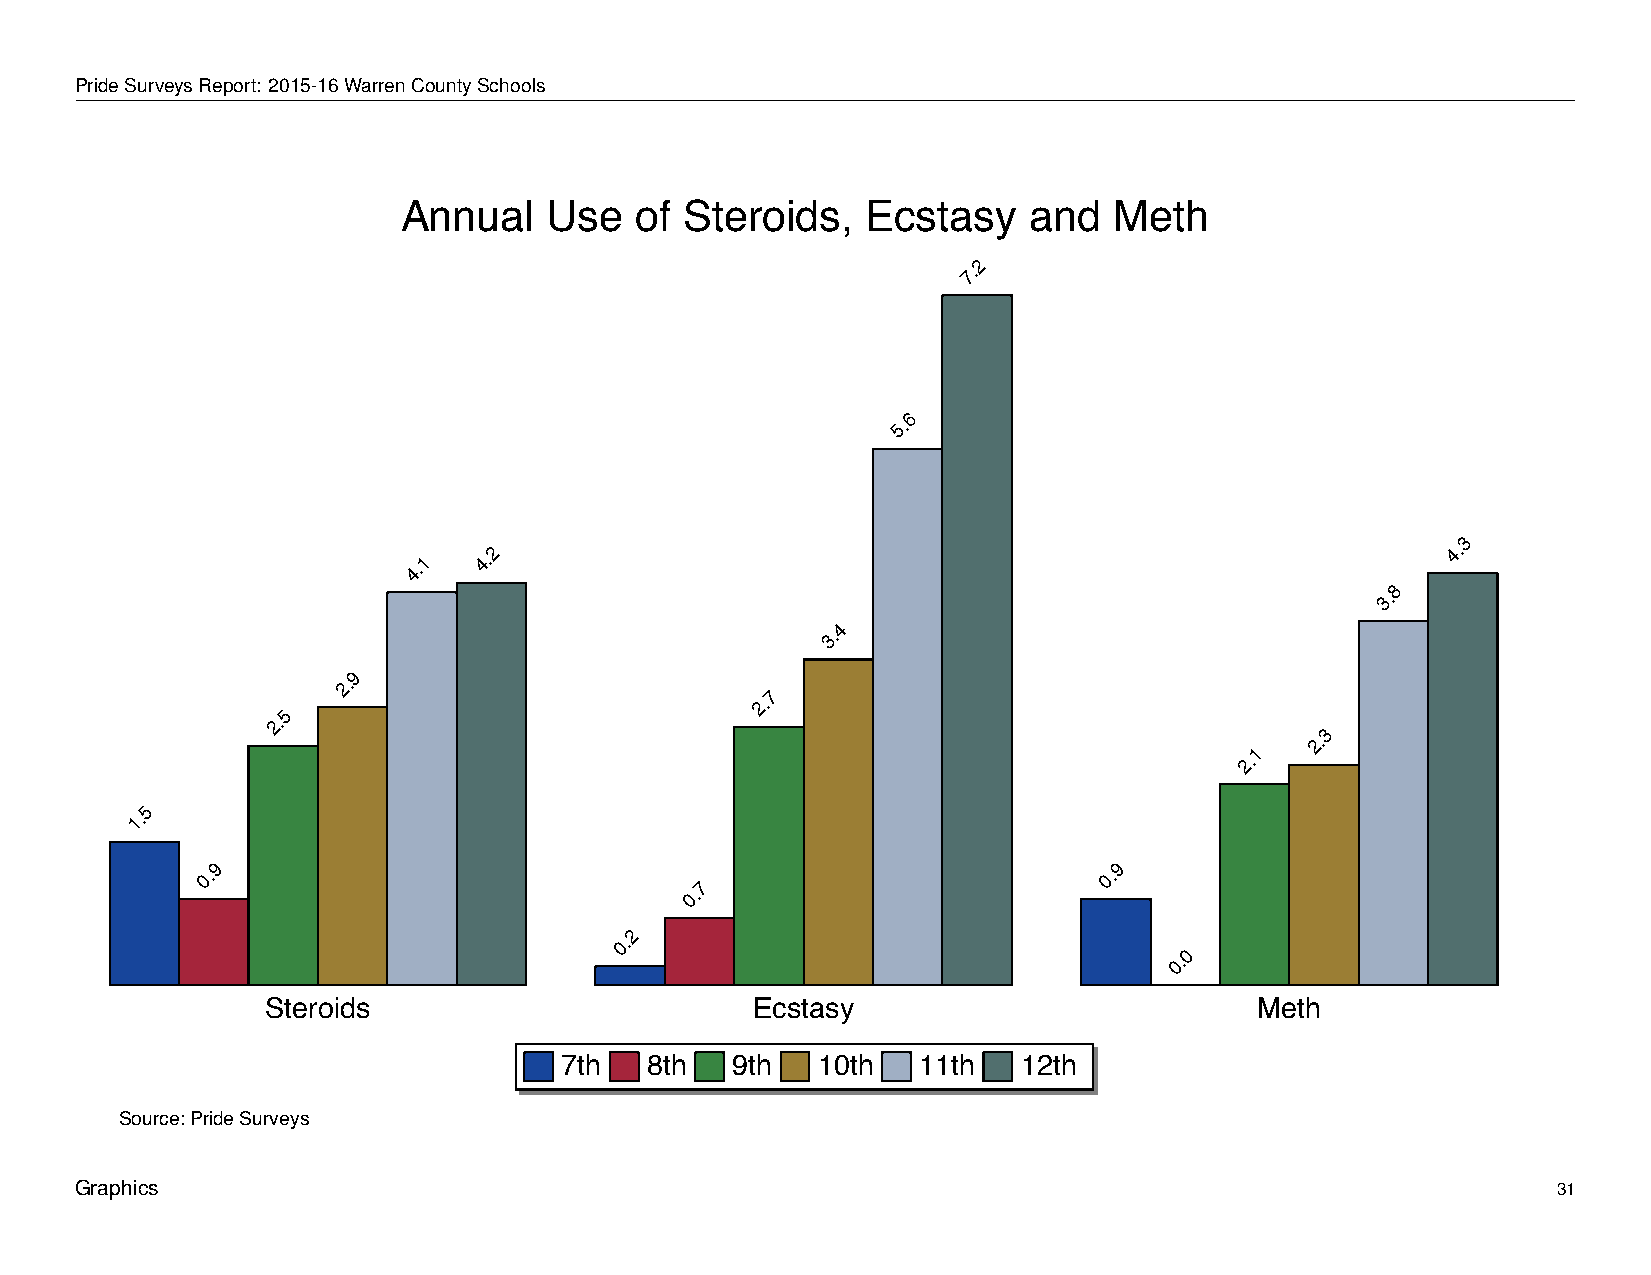
Annual          Use      of   Steroids,          Ecstasy         and      Meth
 PrideSurveysReport: 2015-16WarrenCountySchools
 Annual   Use   of Steroids,   Ecstasy    and   Meth
 2
 7.
 6
 5.
 3
 4.1
 4.2
 8
 4.
 3.
 4
 3.
 9
 2.
 2.7
 2.5
 2.3
 2.1
 5
 1.
 9                                                           9
 0.                                                          0.
 0.7
 2
 0.
 0.0
 Steroids                        Ecstasy                          Meth
 7th   8th  9th   10th   11th   12th
 Source: Pride Surveys
 Graphics                                                                                          31